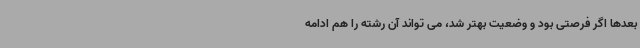
بعدها اگر فرصتی بود و وضعیت بهتر شد، می تواند آن رشته را هم ادامه